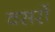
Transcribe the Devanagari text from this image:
वसरों